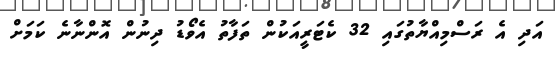
އަދި އެ ރަސްމިއްޔާތުގައި 32 ކެޓަރީއަކުން ތަފާތު އެވޯޑު ދިނުން އޮންނާނެ ކަމަށް